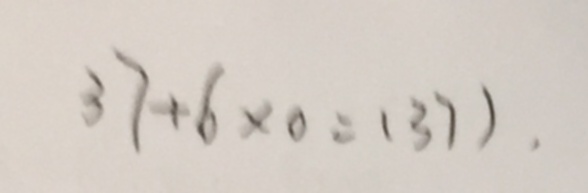
3 7 + 6 \times 0 = ( 3 7 ) .